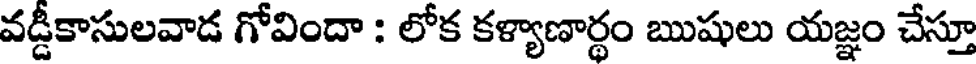
వడ్డీకాసులవాడ గోవిందా : లోక కళ్యాణార్థం ఋషులు యజ్ఞం చేస్తూ